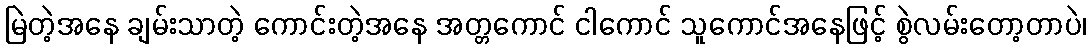
မြဲတဲ့အနေ ချမ်းသာတဲ့ ကောင်းတဲ့အနေ အတ္တကောင် ငါကောင် သူကောင်အနေဖြင့် စွဲလမ်းတော့တာပဲ၊